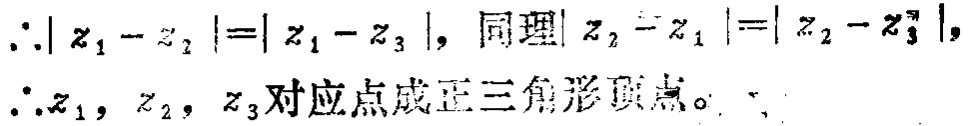
$\therefore|z_{1}-z_{2}| = |z_{1}-z_{3}|$, 同理$|z_{2}-z_{1}| = |z_{2}-z_{3}|$,
$\therefore z_{1},z_{2},z_{3}$对应点成正三角形顶点。